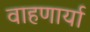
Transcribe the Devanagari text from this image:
वाहणार्या